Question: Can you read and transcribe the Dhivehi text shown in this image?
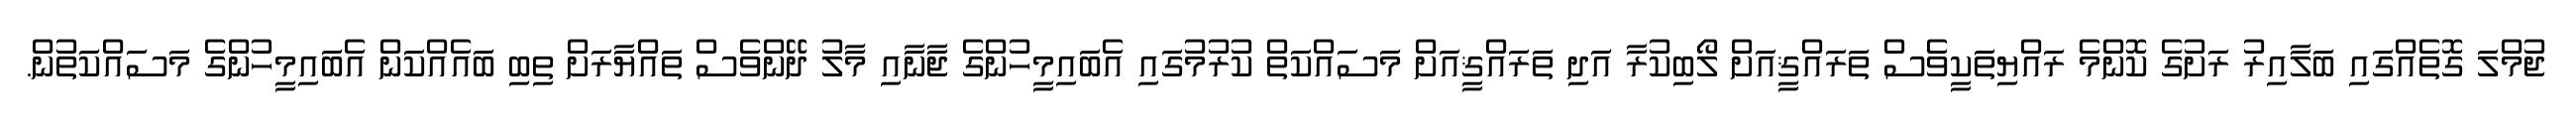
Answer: ޖުމްލަ ގޮތެއްގައި ބަލާއިރު ރަށުގެ ކޮންމެ ރައްޔިތަކީވެސް ތަރައްޤީއަށް ލޯބިކުރާ އަދި ތަރައްޤީއަށް މަސައްކަތް ކުރުމުގައި އެބައިމީހުންގެ ޖާނާއި މާލު ދޭންވެސް ތައްޔާރަށް ތިބި ބައެއްކަން އެބައިމީހުންގެ މަސައްކަތުން.